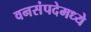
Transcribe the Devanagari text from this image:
वनसंपदेमध्ये